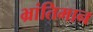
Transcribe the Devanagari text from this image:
भ्रांतिमान